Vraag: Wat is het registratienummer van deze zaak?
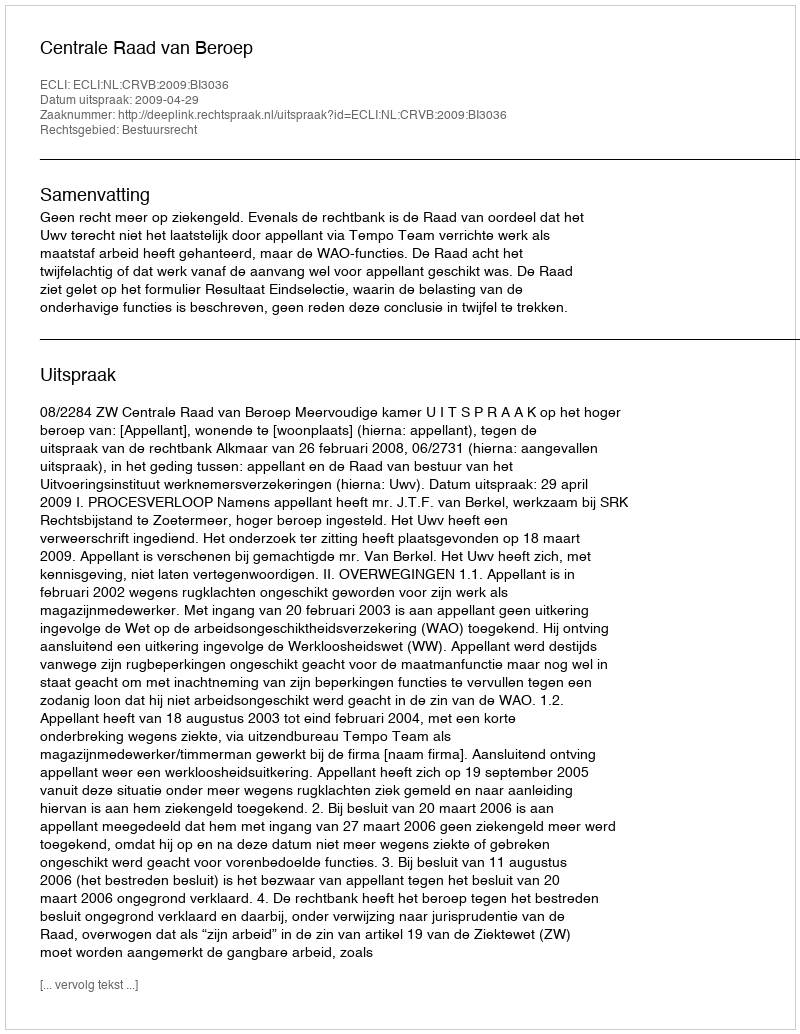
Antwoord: http://deeplink.rechtspraak.nl/uitspraak?id=ECLI:NL:CRVB:2009:BI3036